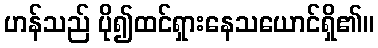
ဟန်သည် ပို၍ထင်ရှားနေသယောင်ရှိ၏။